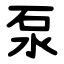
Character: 泵